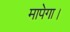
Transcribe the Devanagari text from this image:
मापेगा।